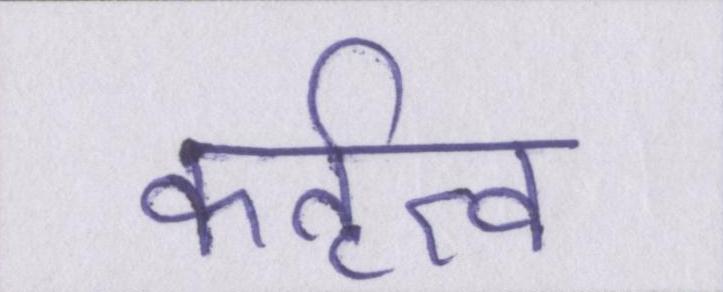
कर्तृत्व